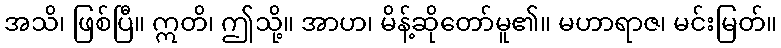
အသိ၊ ဖြစ်ပြီ။ ဣတိ၊ ဤသို့။ အာဟ၊ မိန့်ဆိုတော်မူ၏။ မဟာရာဇ၊ မင်းမြတ်။